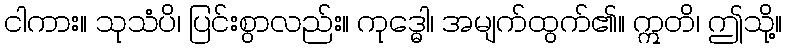
ငါကား။ သုသံပိ၊ ပြင်းစွာလည်း။ ကုဒ္ဓေါ၊ အမျက်ထွက်၏။ ဣတိ၊ ဤသို့။